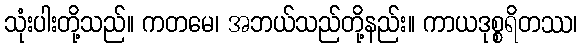
သုံးပါးတို့သည်။ ကတမေ၊ အဘယ်သည်တို့နည်း။ ကာယဒုစ္စရိတဿ၊